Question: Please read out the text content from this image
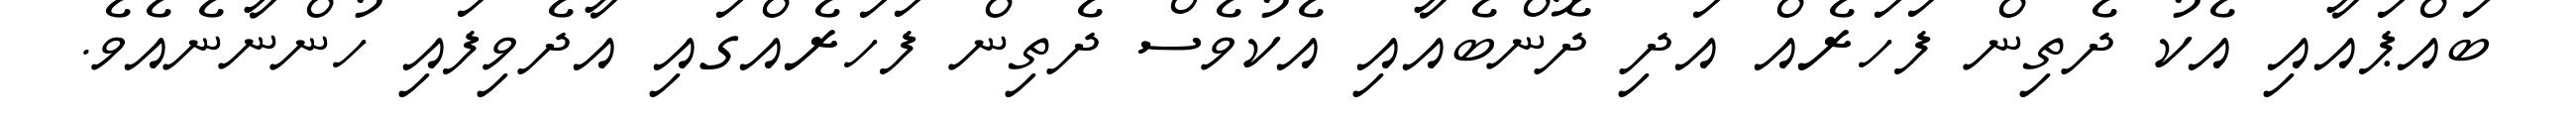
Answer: ބައްޕައާއި އެކު ދެތިން ފަހަރެއް އަދި ދޮންބެއާއި އެކުވެސް ދެތިން ފަހަރެއްގައި އާދެވިފައި ހުންނާނެއެވެ.